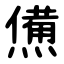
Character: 㷶